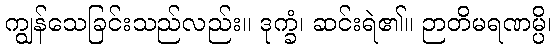
ကျွန်သေခြင်းသည်လည်း။ ဒုက္ခံ၊ ဆင်းရဲ၏။ ဉာတိမရဏမ္ပိ၊